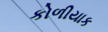
કોળીયાક